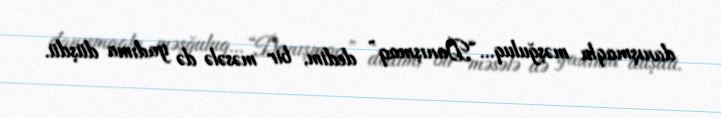
danışmaqla məşğuluq... “Danışmaq” dedim, bir məsələ də yadıma düşdü.